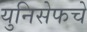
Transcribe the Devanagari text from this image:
युनिसेफचे